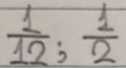
\frac { 1 } { 1 2 } ; \frac { 1 } { 2 }